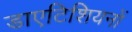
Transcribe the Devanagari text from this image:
डाएटिशियनों